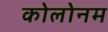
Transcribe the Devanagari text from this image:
कोलोनम